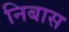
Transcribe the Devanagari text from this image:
निबास